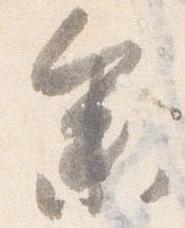
参